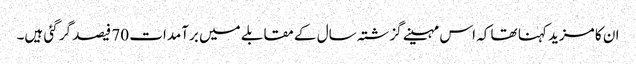
ان کا مزید کہنا تھا کہ اس مہینے گزشتہ سال کے مقابلے میں برآمدات 70 فیصد گر گئی ہیں۔